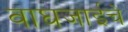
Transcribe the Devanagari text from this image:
वाघजाईचे